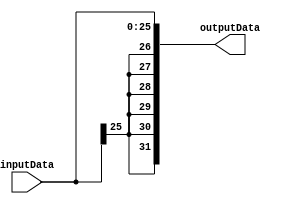
`timescale 1ps/1ps
module SignExti26 (
    inputData, 
    outputData
    );
    
    input [25:0] inputData;
    
    output [31:0] outputData;
    
    assign outputData = {{26{inputData[25]}}, inputData};
    
endmodule